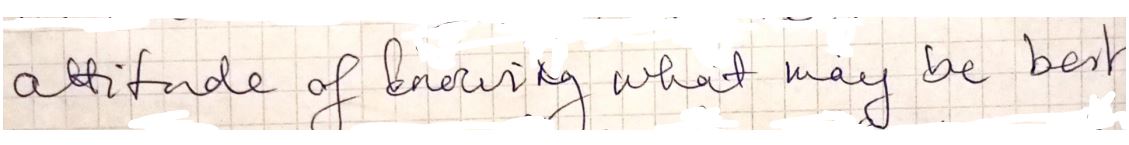
attitude of knowing what may be best